65_HS1-834228961_62-HQ-83894_Section_5
Agency: FBI
Page 95
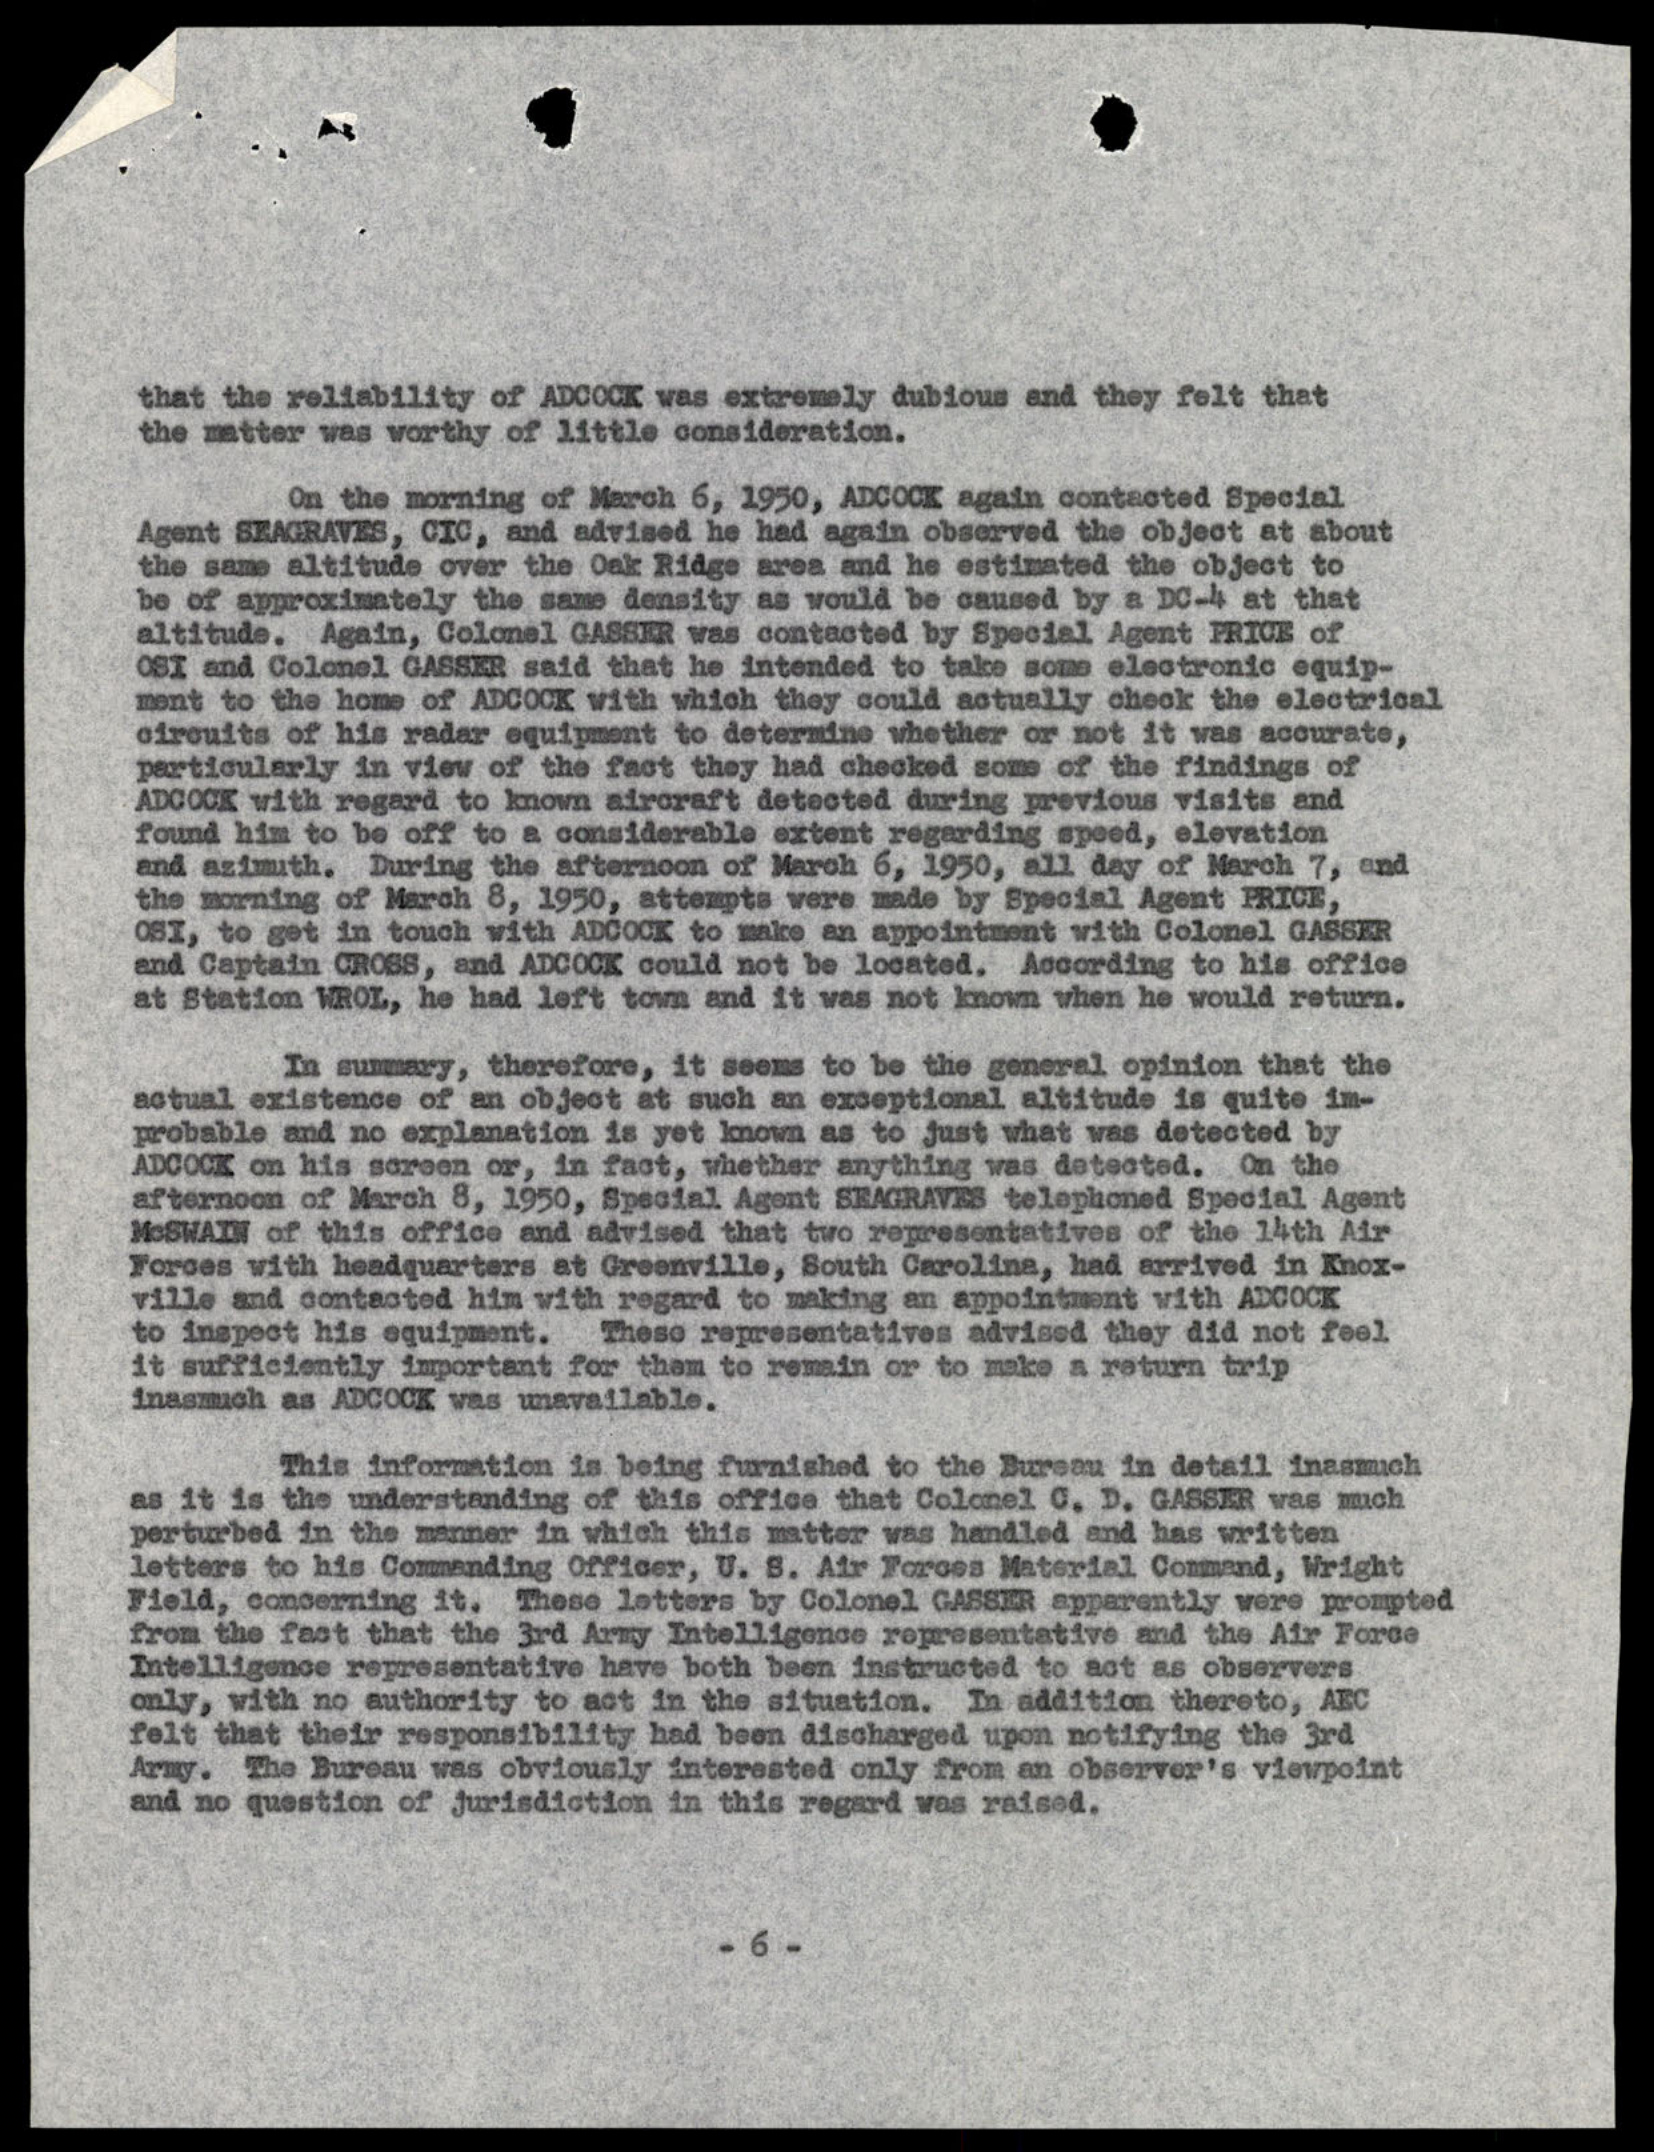